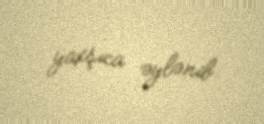
yaxşıca əylənib.